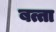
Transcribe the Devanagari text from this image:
बत्ता